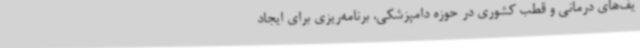
یف‌های درمانی و قطب کشوری در حوزه دامپزشکی، برنامه‌ریزی برای ایجاد